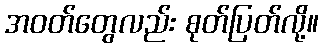
အဝတ်တွေလည်း စုတ်ပြတ်လို့။